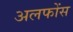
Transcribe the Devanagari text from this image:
अलफोंस